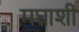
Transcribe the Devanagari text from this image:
मघाशी